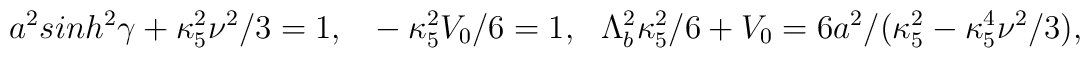
a^2sinh^2\gamma+\kappa^2_5\nu^2/3=1,~~-\kappa_5^2V_0/6=1,~~\Lambda_b^2\kappa^2_5/6+V_0=6a^2/(\kappa_5^2-\kappa_5^4\nu^2/3),